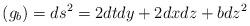
LaTeX: \begin{align*}(g_b)=ds^2=2dtdy+2dxdz+bdz^2\end{align*}